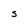
Character: S